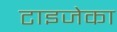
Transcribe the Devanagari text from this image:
टाइजेका